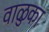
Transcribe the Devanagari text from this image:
वाळुका